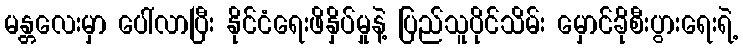
မန္တလေးမှာ ပေါ်လာပြီး နိုင်ငံရေးဖိနှိပ်မှုနဲ့ ပြည်သူပိုင်သိမ်း မှောင်ခိုစီးပွားရေးရဲ့